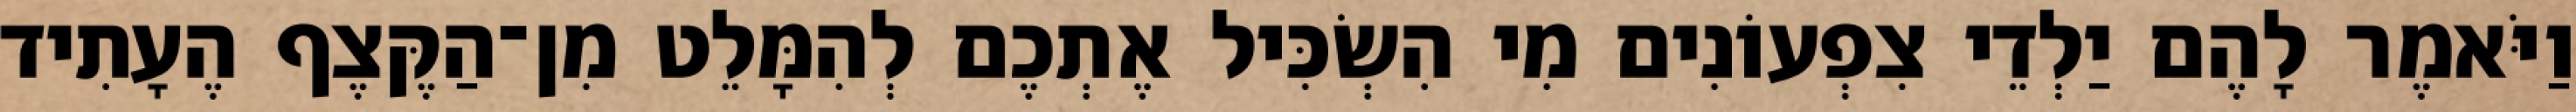
וַיֹּאמֶר לָהֶם יַלְדֵי צִפְעוֹנִים מִי הִשְׂכִּיל אֶתְכֶם לְהִמָּלֵט מִן־הַקֶּצֶף הֶעָתִיד